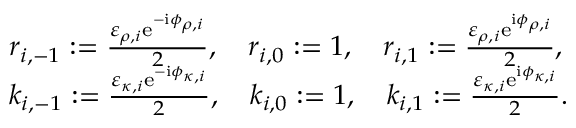
\begin{array} { r l } & { r _ { i , - 1 } : = \frac { \varepsilon _ { \rho , i } \mathrm { e } ^ { - \mathrm { i } \phi _ { \rho , i } } } { 2 } , \quad r _ { i , 0 } : = 1 , \quad r _ { i , 1 } : = \frac { \varepsilon _ { \rho , i } \mathrm { e } ^ { \mathrm { i } \phi _ { \rho , i } } } { 2 } , } \\ & { k _ { i , - 1 } : = \frac { \varepsilon _ { \kappa , i } \mathrm { e } ^ { - \mathrm { i } \phi _ { \kappa , i } } } { 2 } , \quad k _ { i , 0 } : = 1 , \quad k _ { i , 1 } : = \frac { \varepsilon _ { \kappa , i } \mathrm { e } ^ { \mathrm { i } \phi _ { \kappa , i } } } { 2 } . } \end{array}